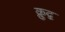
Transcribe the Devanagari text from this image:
क्रुद्व